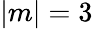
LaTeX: |m|=3